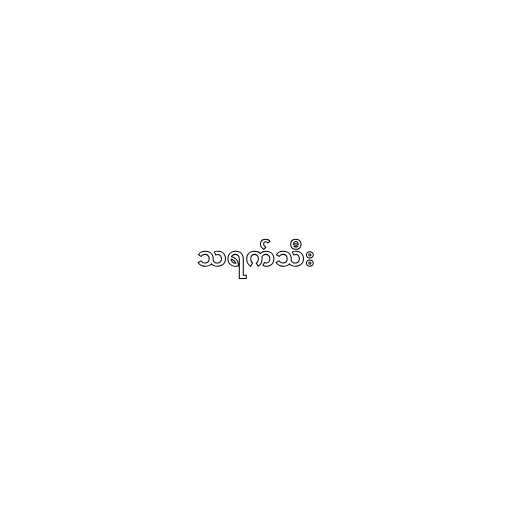
သရက်သီး